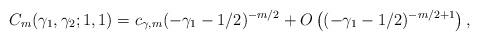
LaTeX: \begin{align*}C_m(\gamma_1,\gamma_2;1,1)=c_{\gamma,m}(-\gamma_1-1/2)^{-m/2}+O\left((-\gamma_1-1/2)^{-m/2+1}\right),\end{align*}